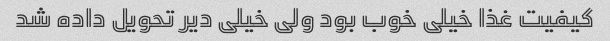
کیفیت غذا خیلی خوب بود ولی خیلی دیر تحویل داده شد